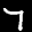
Digit: 7